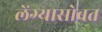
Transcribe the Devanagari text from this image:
लेंग्यासोबत